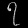
Digit: ၇